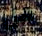
هل